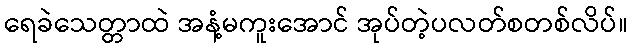
ရေခဲသေတ္တာထဲ အနံ့မကူးအောင် အုပ်တဲ့ပလတ်စတစ်လိပ်။